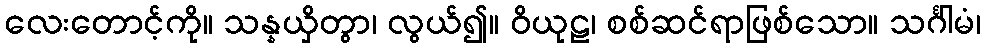
လေးတောင့်ကို။ သန္နယှိတွာ၊ လွယ်၍။ ဝိယုဠ၊ စစ်ဆင်ရာဖြစ်သော။ သင်္ဂါမံ၊